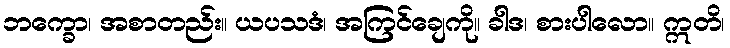
ဘက္ခော၊ အစာတည်း။ ယပသဒံ၊ အကြင်ချေကို။ ခါဒ၊ စားပါလော။ ဣတိ၊